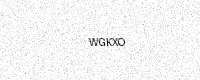
Text: WGKXO